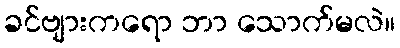
ခင်ဗျားကရော ဘာ သောက်မလဲ။